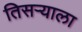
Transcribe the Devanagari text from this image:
तिसर्‍याला